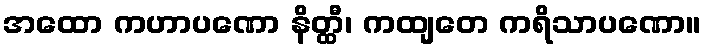
အထော ကဟာပဏော နိတ္ထီ၊ ကထျတေ ကရိသာပဏော။